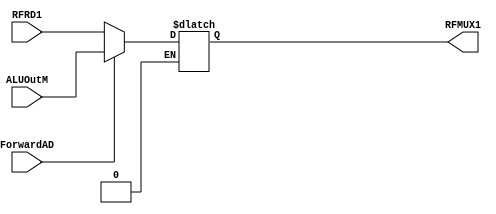
`timescale 1ns / 1ps
//////////////////////////////////////////////////////////////////////////////////
// Company: 
// Engineer: 
// 
// Design Name: 
// Module Name: RFRD1_MUX
// Project Name: 
// Target Devices: 
// Tool Versions: 
// Description: 
// 
// Dependencies: 
// 
// Revision:
// Revision 0.01 - File Created
// Additional Comments:
// 
//////////////////////////////////////////////////////////////////////////////////


module RFRD1_MUX(
input [31 : 0] RFRD1,
input [31 : 0] ALUOutM,
input ForwardAD,

output reg [31 : 0] RFMUX1
    );
    
    always @(*) begin
        if (ForwardAD == 1'b1) begin
         RFMUX1 <= ALUOutM;
         end
         
        else if (ForwardAD == 1'b0) begin
        RFMUX1 <= RFRD1;
        end
    end
    
    
    
    
    
endmodule